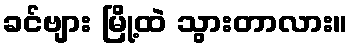
ခင်ဗျား မြို့ထဲ သွားတာလား။